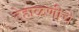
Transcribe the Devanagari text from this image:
टेहाळणीचे